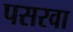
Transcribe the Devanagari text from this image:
पसरवा